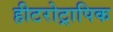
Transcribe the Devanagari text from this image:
हीटरोट्रापिक